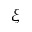
\xi